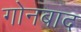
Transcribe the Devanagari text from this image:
गोनबाद